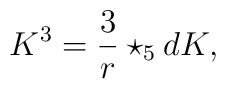
K^3 = {3 \over r}\star_5 dK,